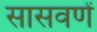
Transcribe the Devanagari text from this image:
सासवणें